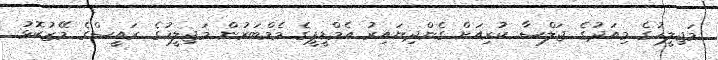
މަޖިލީހުގެ މިއަދުގެ ޖަލްސާ ކުރިއަށް ގެންދިޔައިރު އެމްޑީޕީގެ މެމްބަރުން މަޖިލީހުގެ ރައީސްގެ މޭޒުކޮޅު